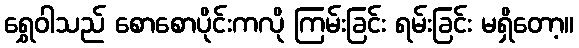
ရွှေဝါသည် စောစောပိုင်းကလို ကြမ်းခြင်း ရမ်းခြင်း မရှိတော့။